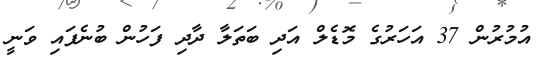
އުމުރުން 37 އަހަރުގެ މޮޑެލް އަދި ބަތަލާ ދާދި ފަހުން ބުނެފައި ވަނީ